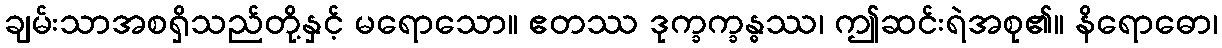
ချမ်းသာအစရှိသည်တို့နှင့် မရောသော။ ဧတဿ ဒုက္ခက္ခန္ဓဿ၊ ဤဆင်းရဲအစု၏။ နိရောဓော၊